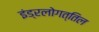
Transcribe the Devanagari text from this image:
इंड्रलोगत्तिल